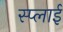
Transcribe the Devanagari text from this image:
स्प्लाई